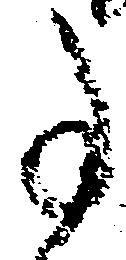
事